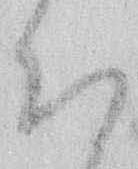
ち